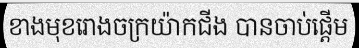
ខាងមុខរោងចក្រយ៉ាកជីង បានចាប់ផ្តើម